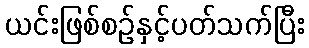
ယင်းဖြစ်စဉ်နှင့်ပတ်သက်ပြီး